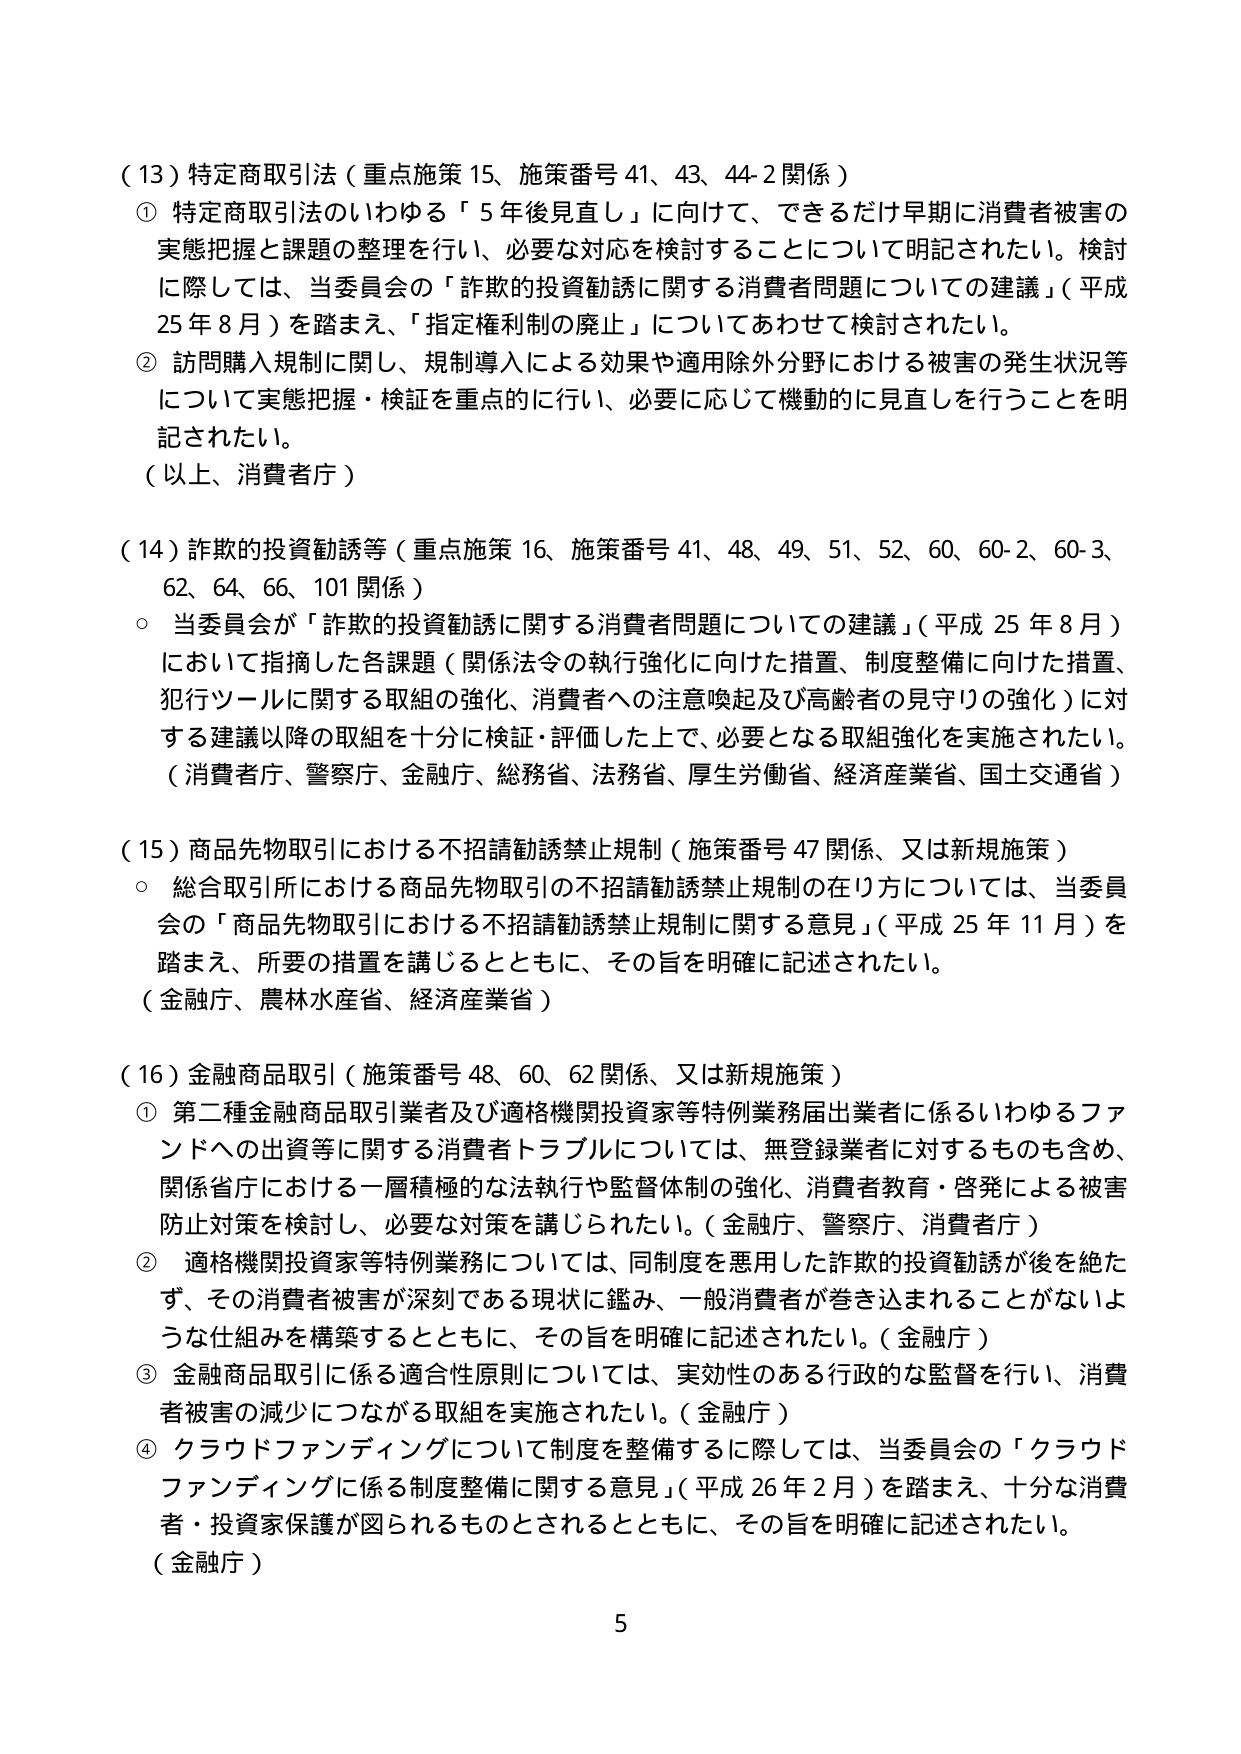
（13）特定商取引法（重点施策15、施策番号41、43、44-2関係）
① 特定商取引法のいわゆる「5年後見直し」に向けて、できるだけ早期に消費者被害の実態把握と課題の整理を行い、必要な対応を検討することについて明記されたい。検討に際しては、当委員会の「詐欺的投資勧誘に関する消費者問題についての建議」（平成25年8月）を踏まえ、「指定権利制の廃止」についてあわせて検討されたい。
② 訪問購入規制に関し、規制導入による効果や適用除外分野における被害の発生状況等について実態把握・検証を重点的に行い、必要に応じて機動的に見直しを行うことを明記されたい。
（以上、消費者庁）

（14）詐欺的投資勧誘等（重点施策16、施策番号41、48、49、51、52、60、60-2、60-3、62、64、66、101関係）
○ 当委員会が「詐欺的投資勧誘に関する消費者問題についての建議」（平成25年8月）において指摘した各課題（関係法令の執行強化に向けた措置、制度整備に向けた措置、犯行ツールに関する取組の強化、消費者への注意喚起及び高齢者の見守りの強化）に対する建議以降の取組を十分に検証・評価した上で、必要となる取組強化を実施されたい。
（消費者庁、警察庁、金融庁、総務省、法務省、厚生労働省、経済産業省、国土交通省）

（15）商品先物取引における不招請勧誘禁止規制（施策番号47関係、又は新規施策）
○ 総合取引所における商品先物取引の不招請勧誘禁止規制の在り方については、当委員会の「商品先物取引における不招請勧誘禁止規制に関する意見」（平成25年11月）を踏まえ、所要の措置を講じるとともに、その旨を明確に記述されたい。
（金融庁、農林水産省、経済産業省）

（16）金融商品取引（施策番号48、60、62関係、又は新規施策）
① 第二種金融商品取引業者及び適格機関投資家等特例業務届出業者に係るいわゆるファンドへの出資等に関する消費者トラブルについては、無登録業者に対するものも含め、関係省庁における一層積極的な法執行や監督体制の強化、消費者教育・啓発による被害防止対策を検討し、必要な対策を講じられたい。（金融庁、警察庁、消費者庁）
② 適格機関投資家等特例業務については、同制度を悪用した詐欺的投資勧誘が後を絶たず、その消費者被害が深刻である現状に鑑み、一般消費者が巻き込まれることがないような仕組みを構築するとともに、その旨を明確に記述されたい。（金融庁）
③ 金融商品取引に係る適合性原則については、実効性のある行政的な監督を行い、消費者被害の減少につながる取組を実施されたい。（金融庁）
④ クラウドファンディングについて制度を整備するに際しては、当委員会の「クラウドファンディングに係る制度整備に関する意見」（平成26年2月）を踏まえ、十分な消費者・投資家保護が図られるものとされるとともに、その旨を明確に記述されたい。
（金融庁）

5